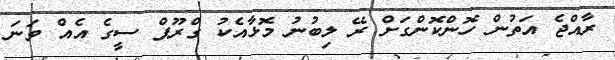
ރާއްޖެ އަތުން ހޮންކޮންގަށް ރޭ ލިބުނު މޮޅާއެކު ގްރޫޕް ސީގެ އެއް ވަނަ